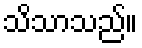
သိသာသည်။